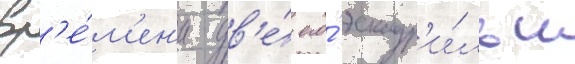
вр'е́м'ен'и дв'е́ его́ эскадр'и́льи